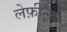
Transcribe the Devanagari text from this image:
लेफ़ील्ड